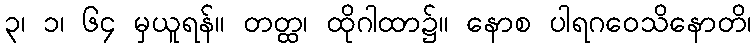
၃၊ ၁၊ ၆၄ မှယူရန်။ တတ္ထ၊ ထိုဂါထာ၌။ နောစ ပါရဂဝေသိနောတိ၊